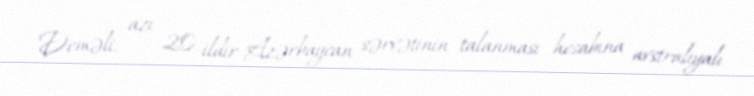
Deməli, azı 20 ildir Azərbaycan sərvətinin talanması hesabına avstraliyalı